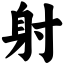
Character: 射